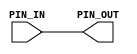
module DECODE_DGA_PFIFC_DELAY(
   input PIN_IN,
   output PIN_OUT 
);

   wire s_logisimNet0;
   wire s_logisimNet1;
   wire s_logisimNet2;
   wire s_logisimNet3;
   wire s_logisimNet4;
   wire s_logisimNet5;
   wire s_logisimNet6;
   wire s_logisimNet7;

   assign s_logisimNet6 = PIN_IN;

   assign s_logisimNet7 = s_logisimNet6;
   assign s_logisimNet4 = s_logisimNet7;
   assign s_logisimNet5 = s_logisimNet4;
   assign s_logisimNet2 = s_logisimNet5;
   assign s_logisimNet3 = s_logisimNet2;
   assign s_logisimNet0 = s_logisimNet3;
   assign s_logisimNet1 = s_logisimNet0;

   assign PIN_OUT = s_logisimNet1;

endmodule